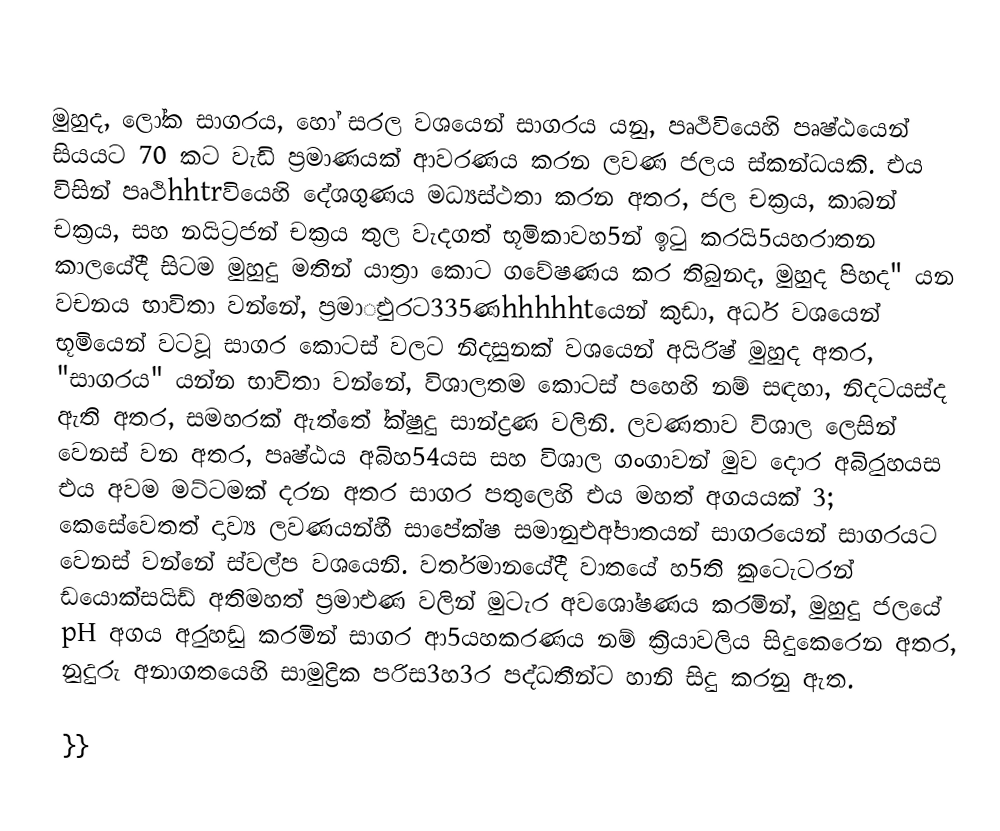
‍

මුහුද, ලෝක සාගරය, හෝ  සරල වශයෙන් සාගරය යනු, පෘථිවියෙහි පෘෂ්ඨයෙන් සියයට 70 කට  වැඩි ප්‍රමාණයක් ආවරණය කරන ලවණ ජලය ස්කන්ධයකි. එය විසින් පෘථිhhtrවියෙහි දේශගුණය මධ්‍යස්ථතා කරන අතර,  ජල චක්‍රය, කාබන් චක්‍රය, සහ  නයිට්‍රජන් චක්‍රය තුල වැදගත් භූමිකාවහ5න් ඉටු කරයි5යහරාතන කාලයේදී සිටම මුහුදු මතින් යාත්‍රා කොට ගවේෂණය කර තිබුනද, මුහුද පිහද" යන වචනය භාවිතා වන්නේ,  ප්‍රමාුඑරට335ණhhhhhtයෙන් කුඩා, අර්ධ වශයෙන් භූමියෙන් වටවූ සාගර කොටස් වලට නිදසුනක් වශයෙන් අයිරිෂ් මුහුද අතර, "සාගරය" යන්න භාවිතා වන්නේ,  විශාලතම කොටස් පහෙහි නම් සඳහා, නිදටයස්ද ඇති අතර, සමහරක් ඇත්තේ ්ක්ෂුදු සාන්ද්‍රණ වලිනි. ලවණතාව විශාල ලෙසින් වෙනස් වන අතර, පෘෂ්ඨය අබිහ54යස සහ විශාල ගංගාවන් මුව දොර අබිුරහයස එය අවම මට්ටමක් දරන අතර සාගර පතුලෙහි එය මහත් අගයයක් 3; කෙසේවෙතත් දාව්‍ය ලවණයන්හී  සාපේක්ෂ සමානුඑඅ්පාතයන් සාගරයෙන් සාගරයට වෙනස් වන්නේ ස්වල්ප වශයෙනි. වර්තමානයේදී වාතයේ හ5ති ුකටෙැටරන් ඩයොක්සයිඩ් අතිමහත් ප්‍රමාඑණ වලින් මුටැර අවශෝෂණය කරමින්, මුහුදු ජලයේ pH අගය අුරහඩු කරමින්  සාගර ආ5යහකරණය නම් ක්‍රියාවලිය සිදුකෙරෙන අතර, නුදුරු අනාගතයෙහි සාමුද්‍රික පරිස3හ3ර පද්ධතීන්ට  හානි සිදු කරනු ඇත.

}}